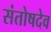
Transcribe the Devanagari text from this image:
संतोषदेव